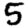
Digit: 5